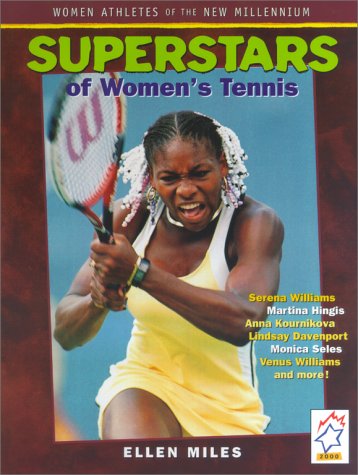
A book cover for Superstars Of Womens Tennis (Women Athletes of the New Millennium); Ellen Miles; Children's Books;